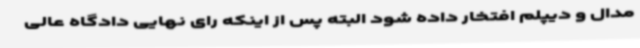
مدال و دیپلم افتخار داده شود البته پس از اینکه رای نهایی دادگاه عالی